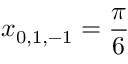
x _ { 0 , 1 , - 1 } = \frac { \pi } { 6 }